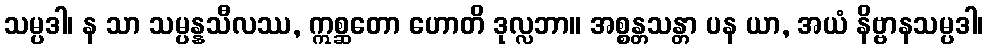
သမ္ပဒါ၊ န သာ သမ္ပန္နသီလဿ, ဣစ္ဆတော ဟောတိ ဒုလ္လဘာ။ အစ္စန္တသန္တာ ပန ယာ, အယံ နိဗ္ဗာနသမ္ပဒါ၊